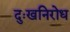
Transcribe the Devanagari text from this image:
दुःखनिरोध